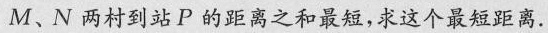
M、N两村到站P的距离之和最短，求这个最短距离.